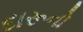
દારૂનો